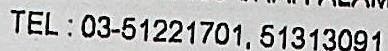
TEL: 03-51221701,51313091